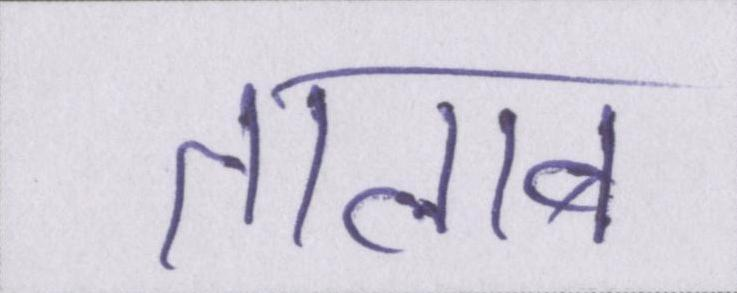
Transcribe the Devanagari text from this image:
तालाब